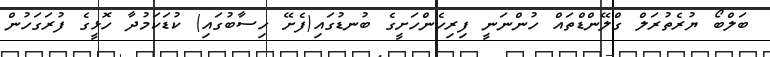
ބަލްބޯ ޔުރެތުރަލް ގްލޭންޑްތައް ހުންނަނީ ފިރިހެންހަށީގެ ބުނޑުގައި(ފެށޭ ހިސާބުގައި) ކުޑަކަމުދާ ހޮޅީގެ ފުރަގަހުން